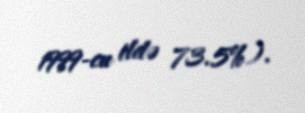
1999-cu ildə 73.5%).